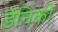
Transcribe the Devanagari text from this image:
डेनिको